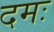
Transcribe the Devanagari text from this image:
दमः